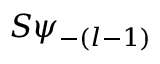
S \psi _ { - ( l - 1 ) }